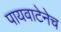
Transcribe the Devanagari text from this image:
पायवाटेनेच